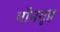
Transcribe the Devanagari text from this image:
मौनगृह